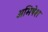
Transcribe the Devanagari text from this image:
अभिषेश